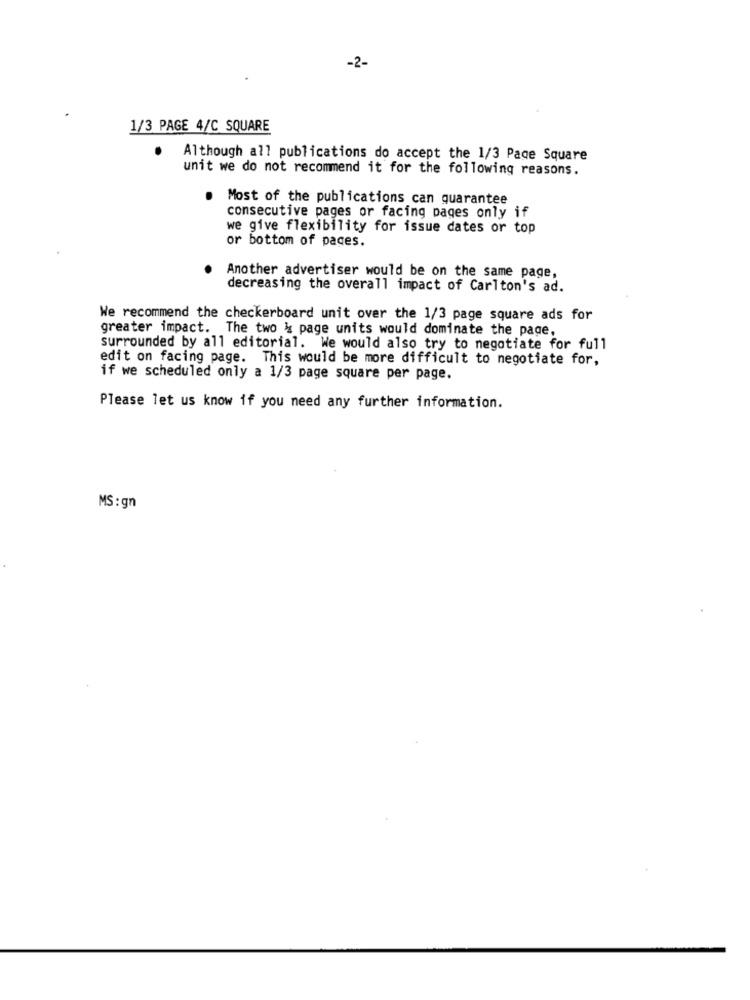
-2-
1/3 PAGE 4/C SQUARE
Although all publications do accept the 1/3 Page Square
unit we do not recommend it for the following reasons.
Most of the publications can guarantee
consecutive pages or facing pages only if
we give flexibility for issue dates or top
or bottom of pages.
Another advertiser would be on the same page,
decreasing the overall impact of Carlton's ad.
We recommend the checkerboard unit over the 1/3 page square ads for
greater impact. The two & page units would dominate the page,
surrounded by all editorial. We would also try to negotiate for full
edit on facing page. This would be more difficult to negotiate for,
if we scheduled only a 1/3 page square per page.
Please let us know if you need any further information.
MS:gn